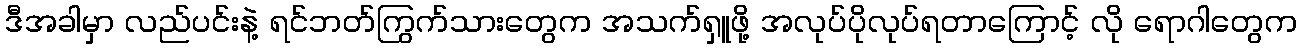
ဒီအခါမှာ လည်ပင်းနဲ့ ရင်ဘတ်ကြွက်သားတွေက အသက်ရှူဖို့ အလုပ်ပိုလုပ်ရတာကြောင့် လို ရောဂါတွေက